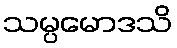
သမ္ပမောဒသိ